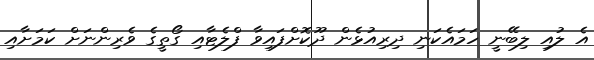
އެ ލުއި ލިބޭނީ ހަމައެކަނި ދިރިއުޅެން ދޫކޮށްފައިވާ ފްލެޓާއި ގޯތީގެ ވެރިންނަށް ކަމަށާއި